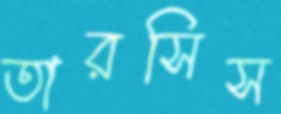
তারসিস